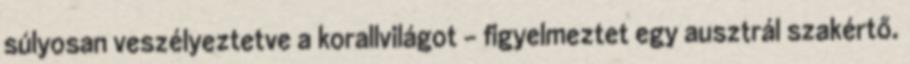
súlyosan veszélyeztetve a korallvilágot - figyelmeztet egy ausztrál szakértő.